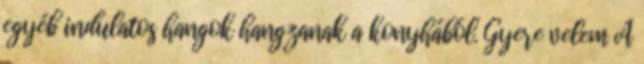
egyéb indulatos hangok hangzanak a konyhából. Gyere velem A